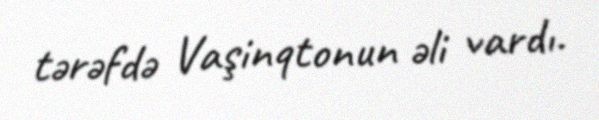
tərəfdə Vaşinqtonun əli vardı.